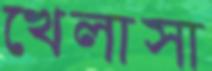
খেলাসা